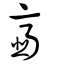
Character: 韲